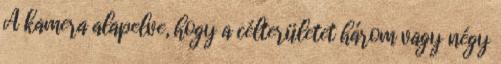
A kamera alapelve, hogy a célterületet három vagy négy